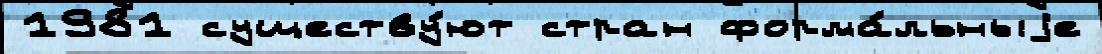
1981 существу́ют стран форма́льныjе